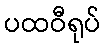
ပထဝီရုပ်